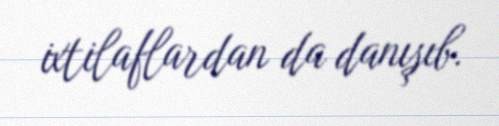
ixtilaflardan da danışıb.